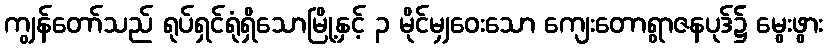
ကျွန်တော်သည် ရုပ်ရှင်ရုံရှိသောမြို့နှင့် ၃ မိုင်မျှဝေးသော ကျေးတောရွာဇနပုဒ်၌ မွေးဖွား